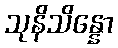
သုနိသိန္နော